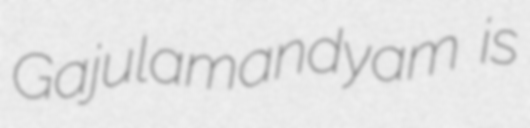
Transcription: Gajulamandyam is